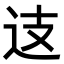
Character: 𨑤